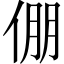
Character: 倗